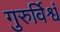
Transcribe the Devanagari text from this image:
गुरुर्विश्वं